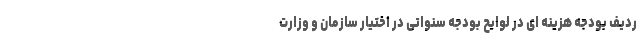
ردیف بودجه هزینه ای در لوایح بودجه سنواتی در اختیار سازمان و وزارت